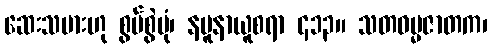
ဆေးသမားဟု စွပ်စွဲပုံ၊ နမူနာယူစရာ ၄၁၃။ သတဓမ္မဇာတက၊